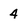
Character: 4